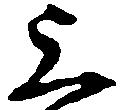
上